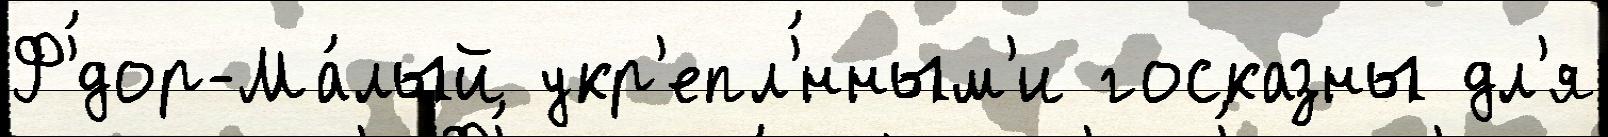
Ф'́дор-Ма́лый укр'епл'́нным'и госказны дл'я